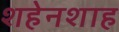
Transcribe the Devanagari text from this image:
शहेनशाह